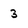
Character: 3